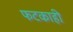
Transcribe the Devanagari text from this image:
फटकाही